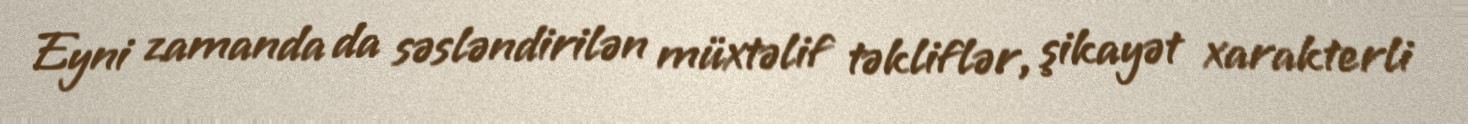
Eyni zamanda da səsləndirilən müxtəlif təkliflər, şikayət xarakterli